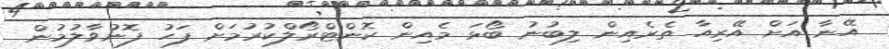
އޭނާ އަށް އޭރިއާ ތެރެއިން ލިބުނު ބޯޅަ މެއިން ކޮންޓްރޯލްކުރުމަށް ފަހު ފޮނުވާލުމުން